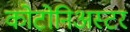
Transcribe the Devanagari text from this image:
कोटोनिअस्टर